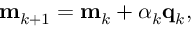
\mathbf { m } _ { k + 1 } = \mathbf { m } _ { k } + \alpha _ { k } \mathbf { q } _ { k } ,